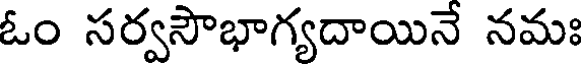
ఓం సర్వసౌభాగ్యదాయినే నమః